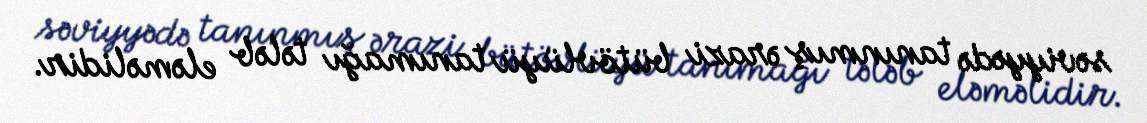
səviyyədə tanınmış ərazi bütövlüyü tanımağı tələb eləməlidir.